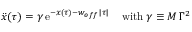
\ddot { x } ( \tau ) = \gamma \, \mathrm { e } ^ { - x ( \tau ) - w _ { o f f } \, | \tau | } \; \; \; \; \mathrm { w i t h } \; \gamma \equiv M \, \Gamma ^ { 2 }